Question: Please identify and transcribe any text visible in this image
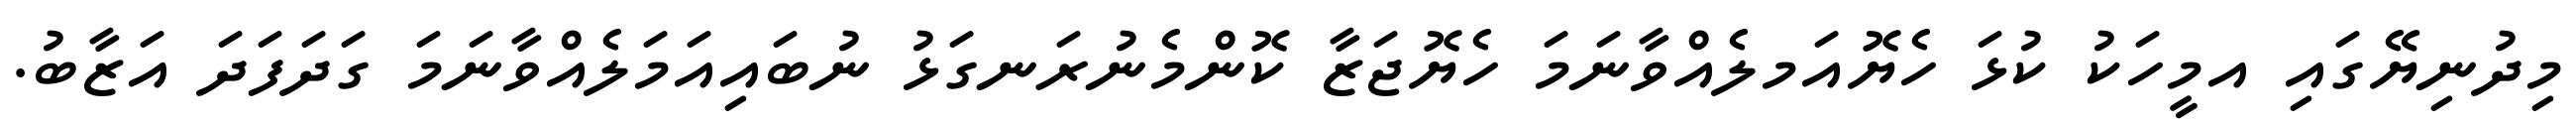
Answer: މިދުނިޔޭގައި އމީހަކު ކުޅަ ހެޔޮއަމލެއްވާނަމަ ހެޔޮޖަޒާ ކޮންމެނުރަނގަޅު ނުބައިއަމަލެއްވާނަމަ ގަދަފަދަ އަޒާބު.